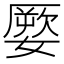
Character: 𡡕